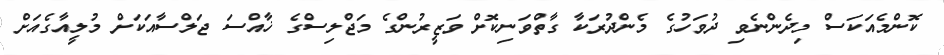
ކޮންމެއަކަސް މިދެންނެވި ދުވަހުގެ މެންދުރަކާ ގާތްވަނިކޮށް ވަޒީރުންގެ މަޖްލިސްގެ ޚާއްސަ ޖަލްސާއަކަށް މުލީއާގެއަށް